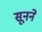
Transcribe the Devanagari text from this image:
सूनने